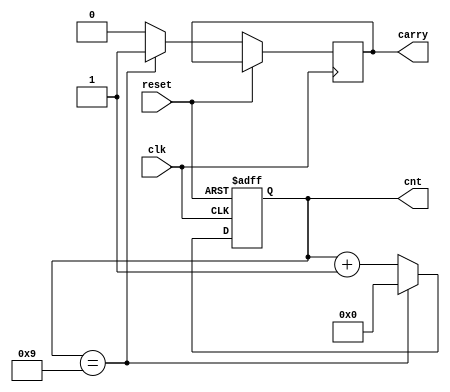
module bcd_counter(
	input						clk,
	input						reset,
	output	reg	[3:0]	cnt,
	output	reg			carry
);

//reg [3:0] cnt_mem;
//assign cnt = cnt_mem;

always @(posedge clk, posedge reset)
begin

	if (reset == 1)
		cnt = 0;
	else
	begin
		if (cnt == 9)
		begin
			cnt <= 0;
			carry <= 1;
		end // if
		
		else
		begin
			cnt <= cnt + 1;
			carry <= 0;
		end // else
	end

end // always

endmodule

//module BCDcount (Clock, Clear, E, BCD1, BCD0);
//module bcd_counter(
//	input						clk, 
//	input						reset, 
//	output	reg	[3:0]	cnt, 
//	output	reg			carry
//);
//
////	input Clock, Clear, E;
////	output reg [3:0] BCD1, BCD0;
//
//	always @(posedge clk)
//	begin
//
//		if (reset)
//		begin
//			cnt <= 0;
////			BCD0 <= 0;
//		end 
//		
//		else if (1)
//			if (cnt == 4'b1001)
//				begin
//					cnt <= 0; 
//					carry <= 1;
//				end
//			else
//			begin
//				cnt <= cnt + 1;
//				carry <= 0;
//			end
//end
//
//endmodule